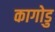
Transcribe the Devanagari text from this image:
कागोडु